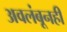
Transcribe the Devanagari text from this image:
अवलंबूनही